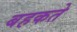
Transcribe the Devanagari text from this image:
बहकते